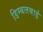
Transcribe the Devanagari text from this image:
डिम्बलबाई